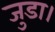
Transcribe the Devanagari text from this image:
जुडा।